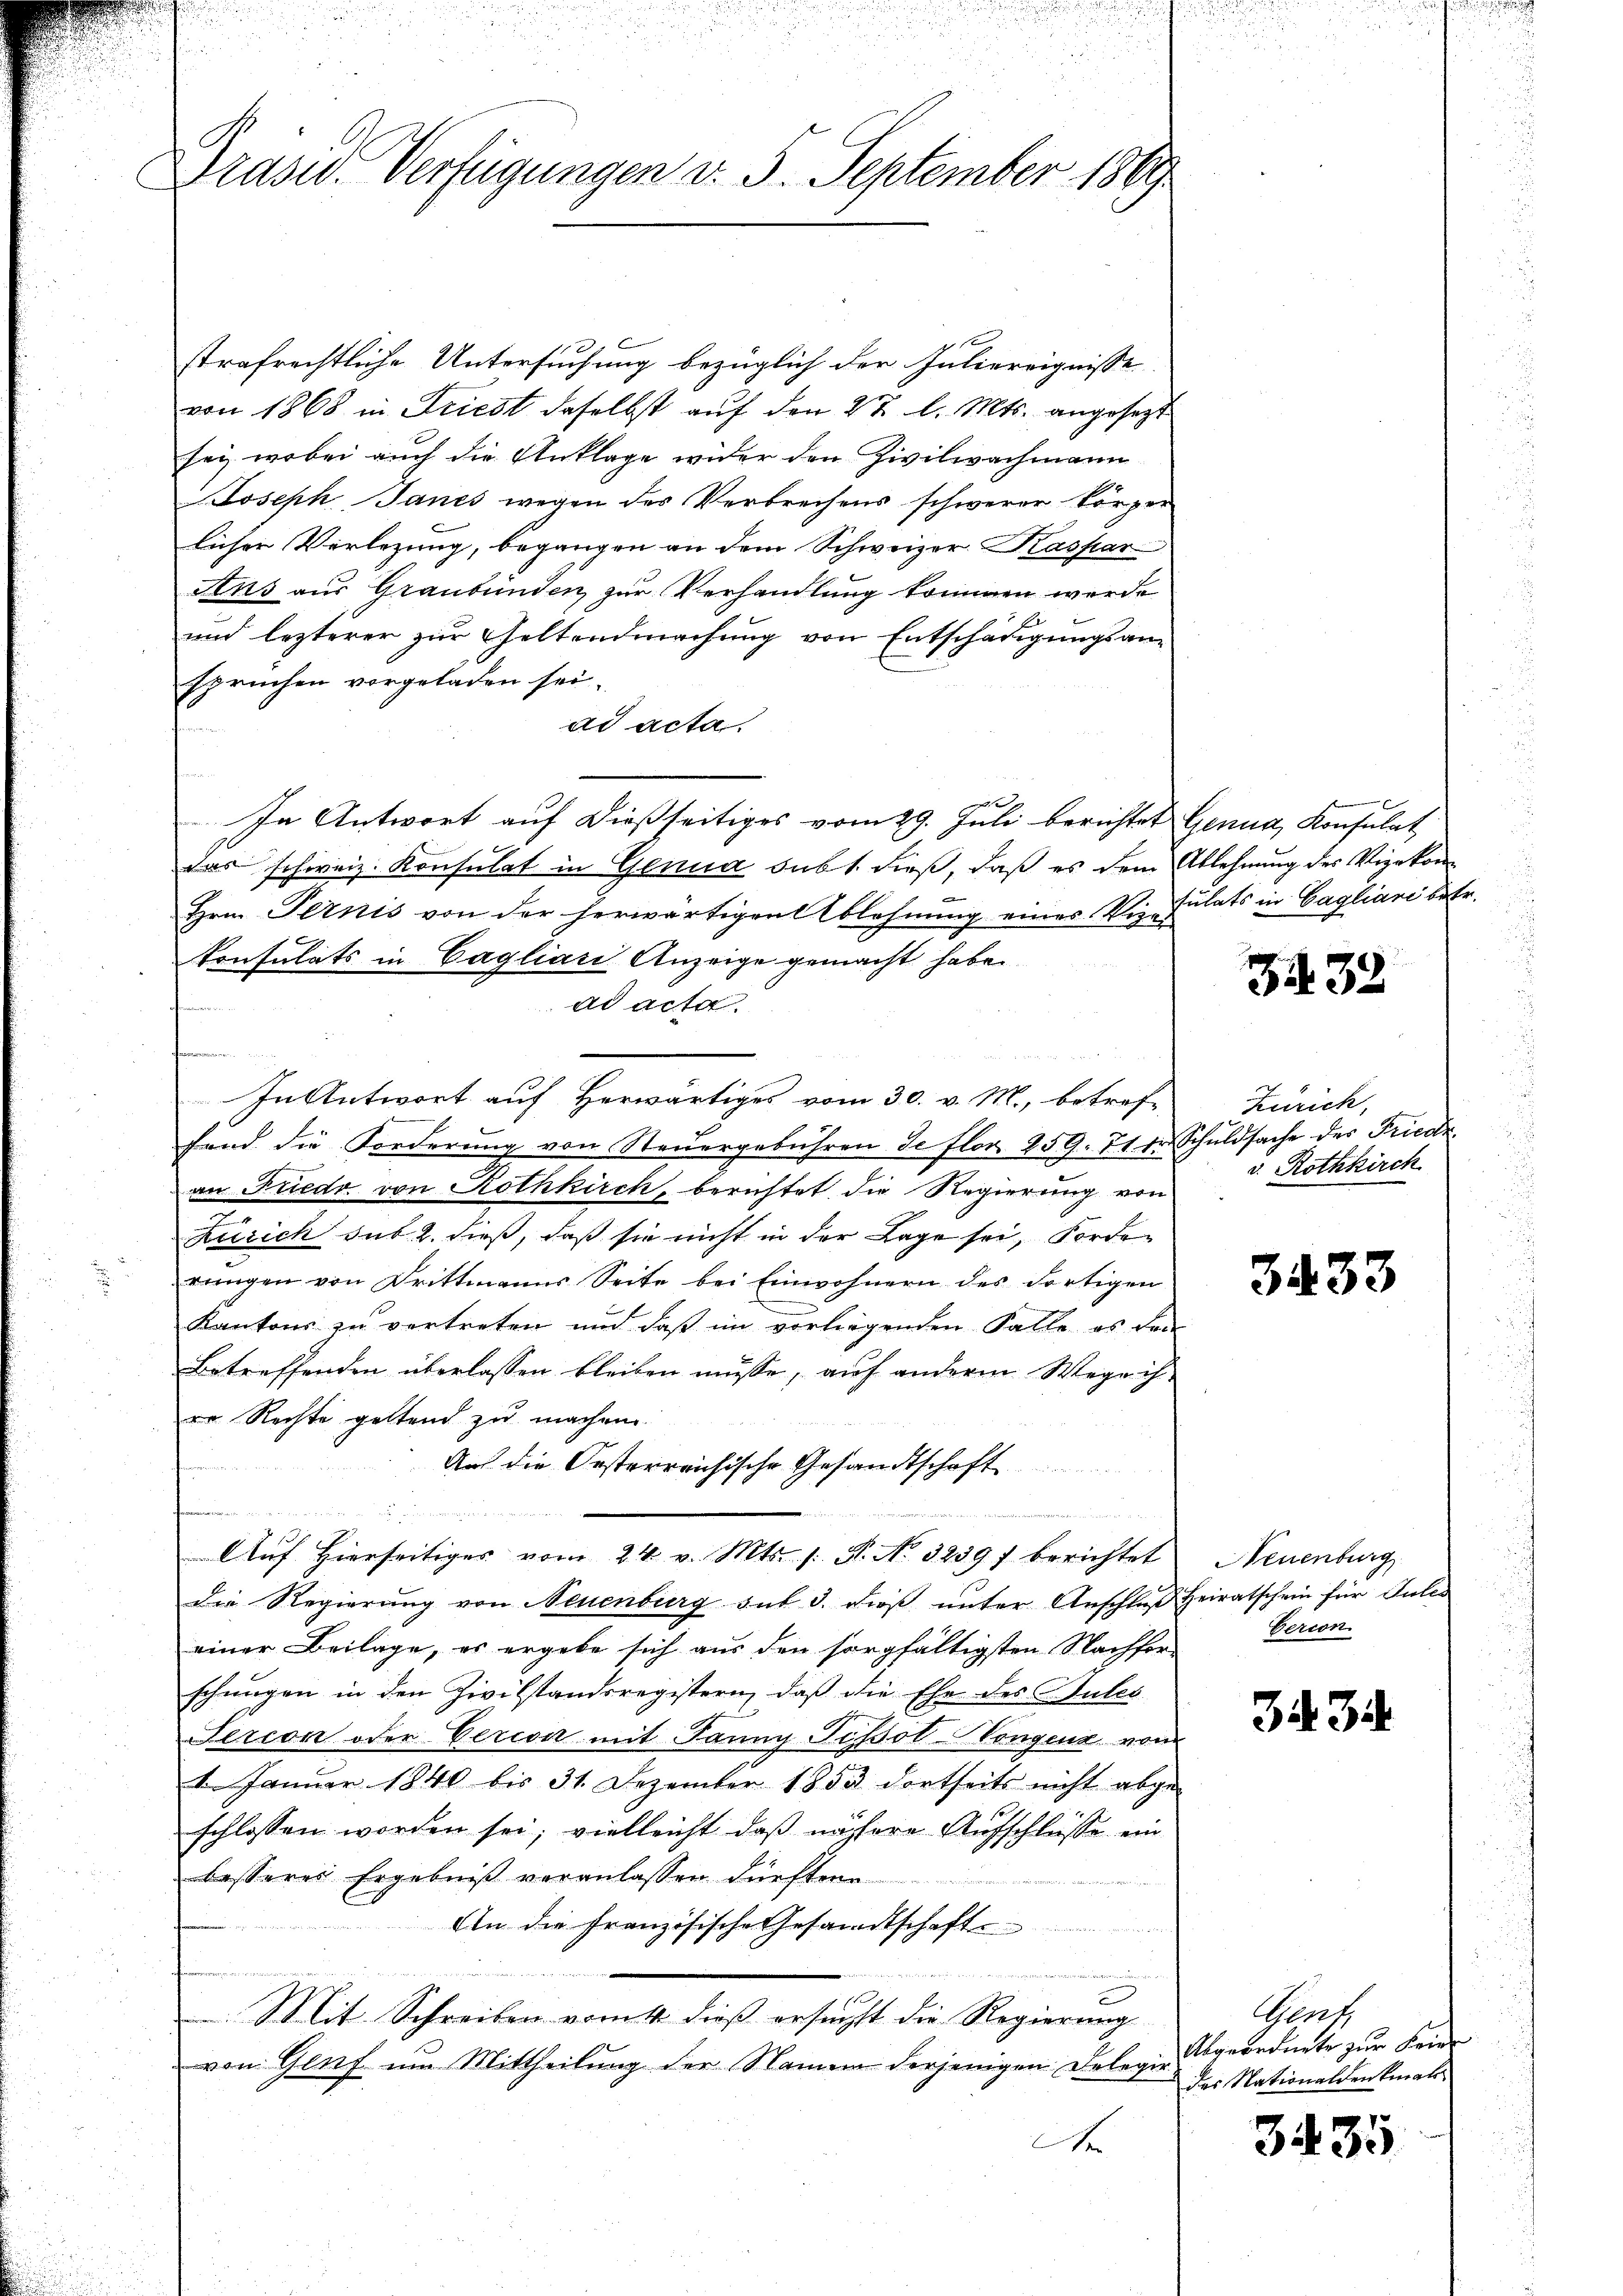
Drüsel. Verfügungen d. 5. September 1889

strafrechtliche Untersuchung bezüglich der Juliereignisse
von 1868 in Friest daselbst auf den 27 l. Mts. angesezt
sei, wobei auch die Anklage wider den Zivilwachmann
Joseph Janes wegen des Verbrechens schwerer körper
licher Verlegung, begangen an dem Schweizer Kaspar
Ans aus Graubünden zur Verhandlung kommen werde
und lezterer zur Geltendmachung von Entschädigungsanspruchen vorgeladen sei.
ad acta.
u
In Antwort auf dießseitiges vom 29. Juli berichtet Genua, Konsulat
das schweiz. Konsulat in Genua subt. dieß, daß es dem Ablehnung des Vizekon¬
Hrn. Pernis von der herwärtigen Ablehnung eines Wie-Julats in Cagliari betr.
konsulats in Cagliari Anzeige gemacht habe.
ad acta.
e
In Antwort auf Herwärtiges vom 30. v. M., betreffend die Forderung von Steuergebühren de flor. 259. 71 in Schuldsache des Friedr
an Friedr. von Rothkirch, berichtet die Regierung von
Zürich sub 2. dieß, daß sie nicht in der Lage sei, Forden
rŭngen von Drittmanns Seite bei Einwohnern des Fortigen
Kantons zu vertreten und daß im vorliegenden Falle es den
Betreffenden überlassen bleiben müsse, auf anderm Wege ih
ro Rechte geltend zu machen
über den 4 Meter den
Auf die Oesterreichische Gesandtschaft
g                   den und die die des ein nicht meinen und
Aŭf Hierseitiges vom 24. v. Mts. (: St. No. 3239 f berichtet
Die Regierung von Neuenburg sub 3. dieß unter Anschlaβ Heiratschein für Gutes
einer Beilage, es ergebe sich aus den sorgfältigsten Nachfor-
schungen in den Zivilstandsregistern, daß die Ehe des Gutes
Sercon oder Vercon mit Janny Pissot-Congenz vom
1. Januar 1840 bis 31. Dezember 1853 dortseits nicht abge-
schlossen worden sei; vielleicht, daß nähere Aufschlüsse ein
besseres Ergebniß veranlassen dürften.
An die französische Gesandtschafte
n
u
e
Mit Schreiben vom 4. dieß ersucht die Regierung
von Genf um Mittheilung der Namen derjenigen Delegir
A

3432

Zürich,
v. Rothkirch

3433

Neuenburg
Gercon

35. 34.

Gent,
Abgeordnete zur Feier
des Nationaldenkmals

3435